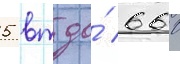
5 вт до́ 660